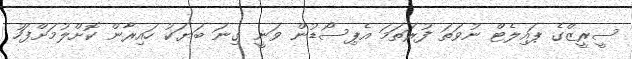
ސީރީޒްގެ ޕައިލެޓް ނުވަތަ ފުރަތަމަ އެޕިސޯޑުން ވަނީ ގިނަ ބަޔަކު ހައިރާން ކޮށްލުމަށްފަހު